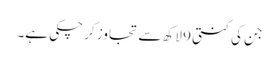
جن کی گنتی 9 لاکھ سے تجاوز کر چکی ہے۔